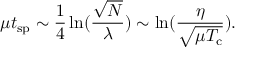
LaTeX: \mu t _ { \mathrm { s p } } \sim \frac { 1 } { 4 } \ln ( \frac { \sqrt N } { \lambda } ) \sim \ln ( \frac { \eta } { \sqrt { \mu T _ { \mathrm { c } } } } ) .